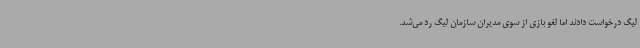
لیگ درخواست دادند اما لغو بازی از سوی مدیران سازمان لیگ رد می‌شد.